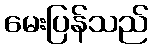
မေးပြန်သည်